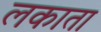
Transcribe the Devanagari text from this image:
लकाता